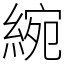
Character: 綩